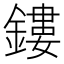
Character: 鏤